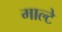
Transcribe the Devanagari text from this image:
माल्टे